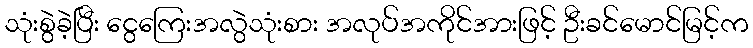
သုံးစွဲခဲ့ပြီး ငွေကြေးအလွဲသုံးစား အလုပ်အကိုင်အားဖြင့် ဦးခင်မောင်မြင့်က